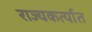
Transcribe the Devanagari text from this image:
राज्यकर्त्यात